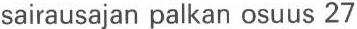
sairausajan palkan osuus 27